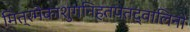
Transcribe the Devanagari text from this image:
मित्रमेकाशुगनिहतपतद्वालिनो